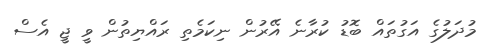
މުދަލުގެ އަގުތައް ބޮޑު ކުރާނެ އޭރުން ނިކަމެތި ރައްޔިތުން ވީ ޖީ އެސް